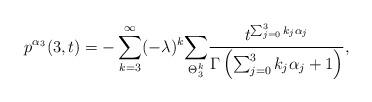
LaTeX: \begin{align*}p^{\alpha_3}(3,t)=-\sum_{k=3}^{\infty}(-\lambda)^k\underset{\Theta^{k}_{3}}{\sum}\frac{t^{\sum_{j=0}^3k_j\alpha_j}}{\Gamma\left(\sum_{j=0}^3k_j\alpha_j+1\right)},\end{align*}